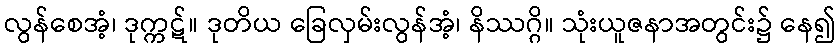
လွန်စေအံ့၊ ဒုက္ကဋ်။ ဒုတိယ ခြေလှမ်းလွန်အံ့၊ နိဿဂ္ဂိ။ သုံးယူဇနာအတွင်း၌ နေ၍